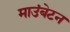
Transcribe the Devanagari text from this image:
माउंबेटन